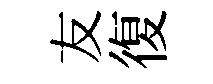
友復